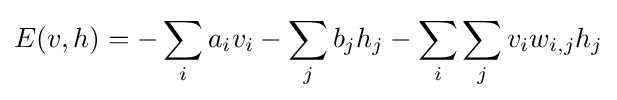
E(v,h)=-\sum _{i}a_{i}v_{i}-\sum _{j}b_{j}h_{j}-\sum _{i}\sum _{j}v_{i}w_{i,j}h_{j}